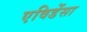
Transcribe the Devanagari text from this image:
एविडेंसा